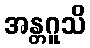
အန္တဂူသိ